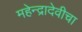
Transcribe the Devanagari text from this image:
महेन्द्रादेवीचा